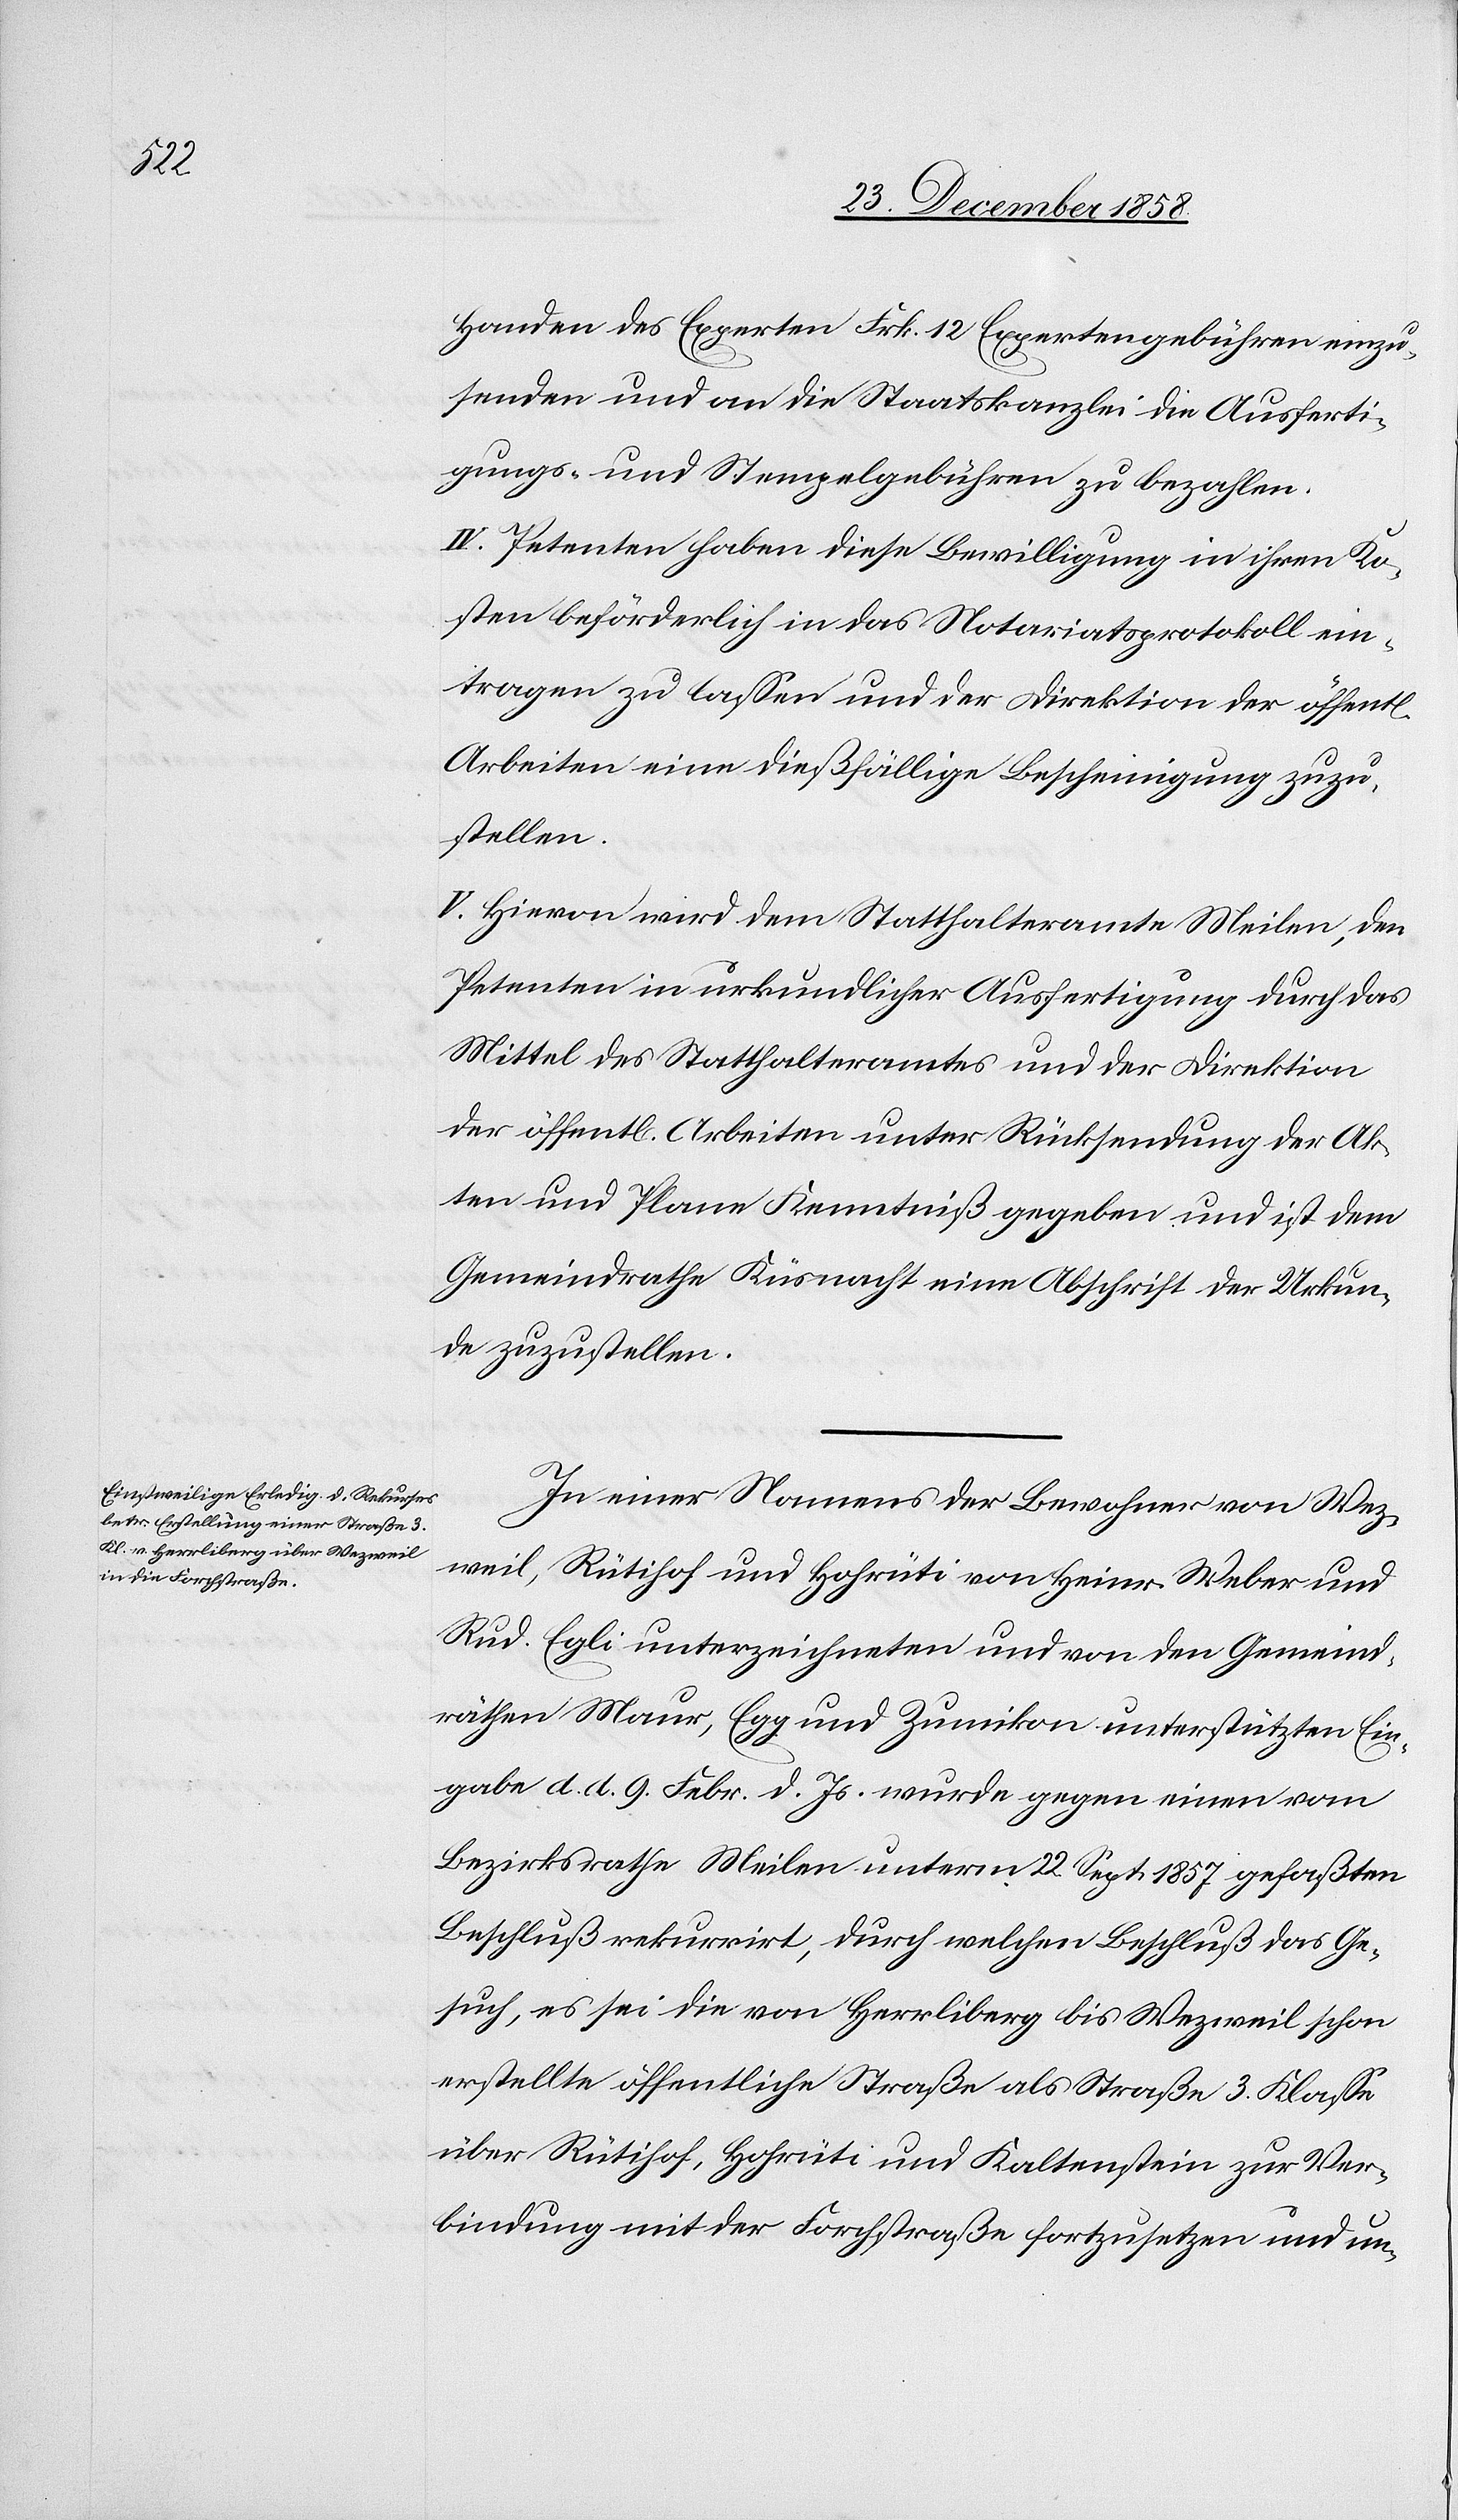
ichen]

Handen des Experten Frk. 12 Expertengebühren einzu¬
senden und an die Staatskanzlei die Ausferti¬
gungs- und Stempelgebühren zu bezahlen.
IV. Petenten haben diese Bewilligung in ihren Ko¬
sten beförderlich in das Notariatsprotokoll ein¬
tragen zu lassen und der Direktion der öffent[l¬
Arbeiten eine dießfällige Bescheinigung zuzu¬
stellen.
V. Hievon wird dem Statthalteramte Meilen, den
Petenten in urkundlicher Ausfertigung durch das
Mittel des Statthalteramtes und der Direktion
der öffent[lichen] Arbeiten unter Rücksendung der Ak¬
ten und Plane Kenntniß gegeben und ist dem
Gemeindrathe Küsnacht eine Abschrift der Urkun¬
de zuzustellen.
In einer Namens der Bewohner von Wez¬
weil, Rütihof und Hohrüti von Heinr. Weber und
Rud. Egli unterzeichneten und von den Gemeind¬
räthen Maur, Egg und Zumikon unterstützten Ein¬
gabe d. d. 9. Febr. d. Js. wurde gegen einen vom
Bezirksrathe Meilen unterm 22. Sept. 1857 gefaßten
Beschluß rekurrirt, durch welchen Beschluß das Ge¬
such, es sei die von Herrliberg bis Wezweil schon
erstellte öffentliche Straße als Straße 3. Klasse
über Rütihof, Hohrüti und Kaltenstein zur Ver¬
bindung mit der Forchstraße fortzusetzen und un-